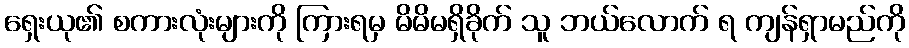
ရှေးယု၏ စကားလုံးများကို ကြားရမှ မိမိမရှိခိုက် သူ ဘယ်လောက် ရ ကျန်ရှာမည်ကို